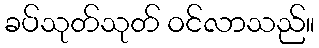
ခပ်သုတ်သုတ် ဝင်လာသည်။